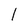
Character: 1